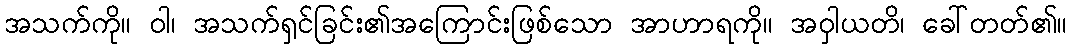
အသက်ကို။ ဝါ၊ အသက်ရှင်ခြင်း၏အကြောင်းဖြစ်သော အာဟာရကို။ အဝှါယတိ၊ ခေါ်တတ်၏။